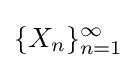
\{X_{n}\}_{n=1}^{\infty }